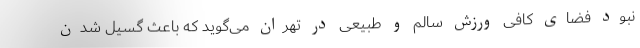
نبود فضای کافی ورزش سالم و طبیعی در تهران می‌گوید که باعث گسیل شدن